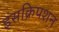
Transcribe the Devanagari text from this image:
इंसक्रिपशन